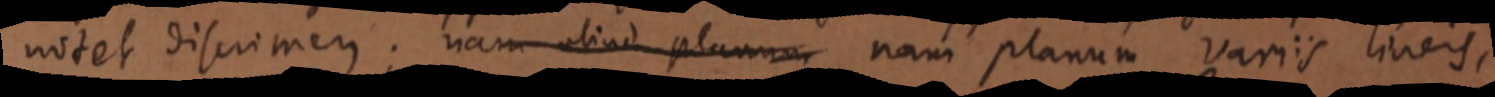
notet discrimen; nam aliud planum nam planum variis lineis,